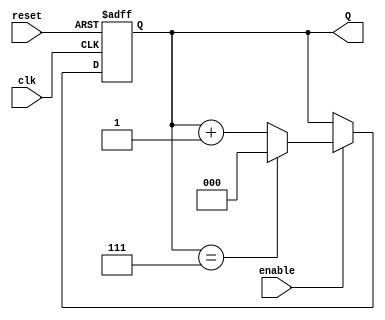
module binary_up_counter #(
    parameter N = 3 // Number of bits in the counter
)(
    input wire clk,        // Clock signal
    input wire reset,      // Asynchronous active-high reset
    input wire enable,     // Enable signal
    output reg [N-1:0] Q   // Current count value
);

// Asynchronous reset and counting logic
always @(posedge clk or posedge reset) begin
    if (reset) begin
        Q <= 0; // Reset counter to 0
    end else if (enable) begin
        Q <= (Q == (1 << N) - 1) ? 0 : Q + 1; // Increment counter and wrap around
    end
end

endmodule